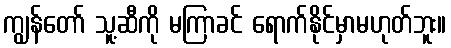
ကျွန်တော် သူ့ဆီကို မကြာခင် ရောက်နိုင်မှာမဟုတ်ဘူး။